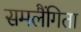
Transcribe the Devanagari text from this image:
समलैंगिता